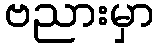
ဗညားမှာ